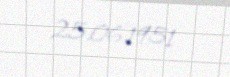
25.06.1951